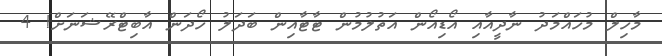
މާހިލް މުހައްމަދު ނާދީއާއި އޯޑިއޯން އަތުލުމުން ޓާޓާއިން ބަދަލު ހޯދަން އާބިޓްރޭޝަނަށް! 4